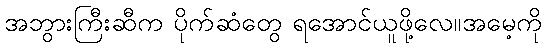
အဘွားကြီးဆီက ပိုက်ဆံတွေ ရအောင်ယူဖို့လေ။အမေ့ကို